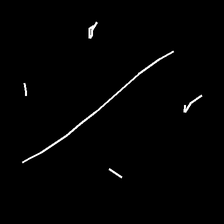
Glyph: cool